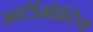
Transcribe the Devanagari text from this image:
आटॉमोटिव